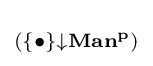
\scriptstyle {(\{\bullet \}\downarrow \mathbf {Man^{p}} )}